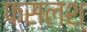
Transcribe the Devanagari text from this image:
फसलश्